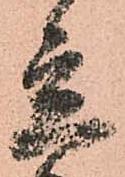
立